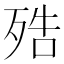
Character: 𣨓